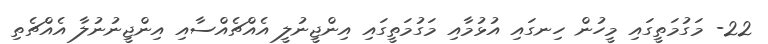
22- މަގުމަތީގައި މީހުން ހިނގައި އުޅުމާއި މަގުމަތީގައި އިންޖީނުލީ އެއްޗެއްސާއި އިންޖީނުނުލާ އެއްޗެތި